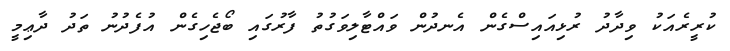
ކުރީރެއަކު ވިދާދު ރުޅިއައިސްގެން އެނދުން ވައްޓާލިވަގުތު ފާރުގައި ބޯޖެހިގެން އުފެދުނު ތަދު ދާޢިމީ